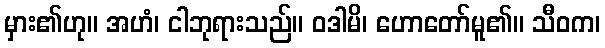
မှား၏ဟု။ အဟံ၊ ငါဘုရားသည်။ ဝဒါမိ၊ ဟောတော်မူ၏။ သီဝက၊